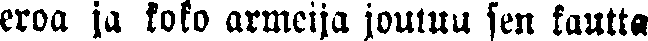
eroa ja koko armeija joutuu sen kautta